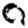
Digit: 0